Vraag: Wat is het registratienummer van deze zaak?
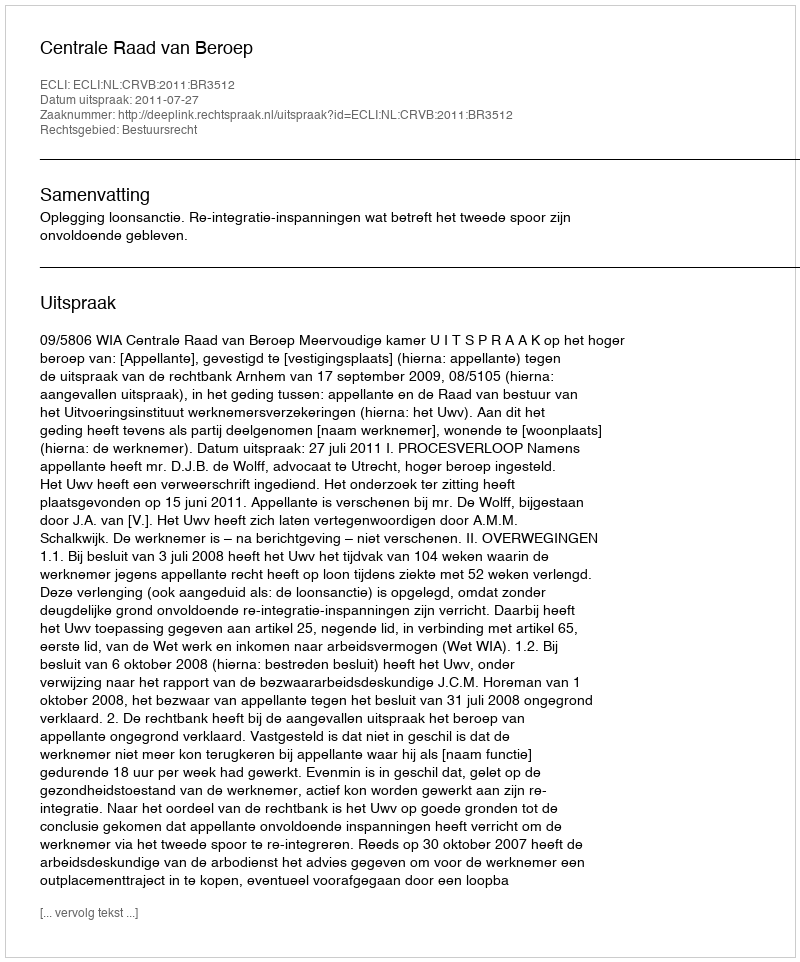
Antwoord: http://deeplink.rechtspraak.nl/uitspraak?id=ECLI:NL:CRVB:2011:BR3512